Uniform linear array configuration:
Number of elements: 48
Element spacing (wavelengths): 0.75
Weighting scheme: kaiser
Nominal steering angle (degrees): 60
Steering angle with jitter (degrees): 58.595
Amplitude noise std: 0.05
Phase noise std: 0.05

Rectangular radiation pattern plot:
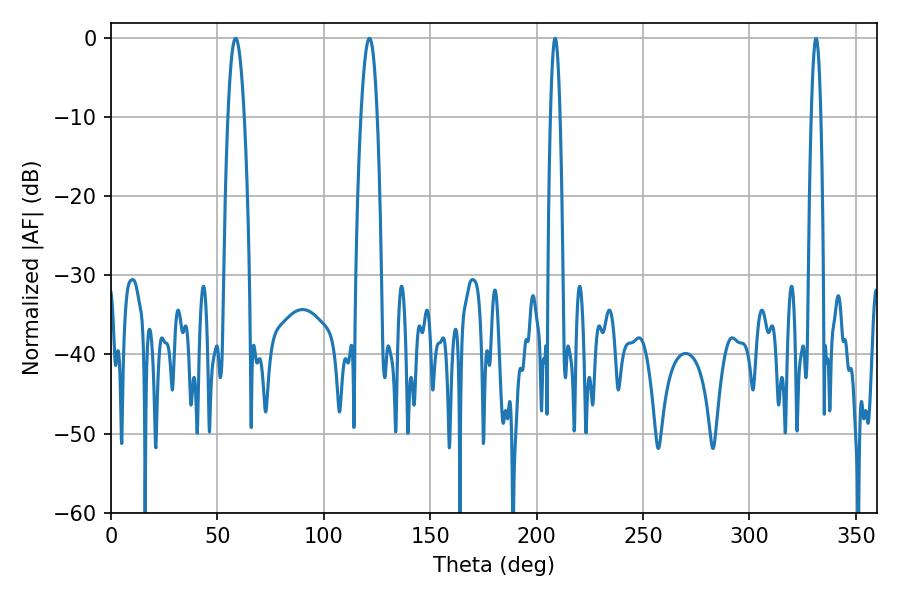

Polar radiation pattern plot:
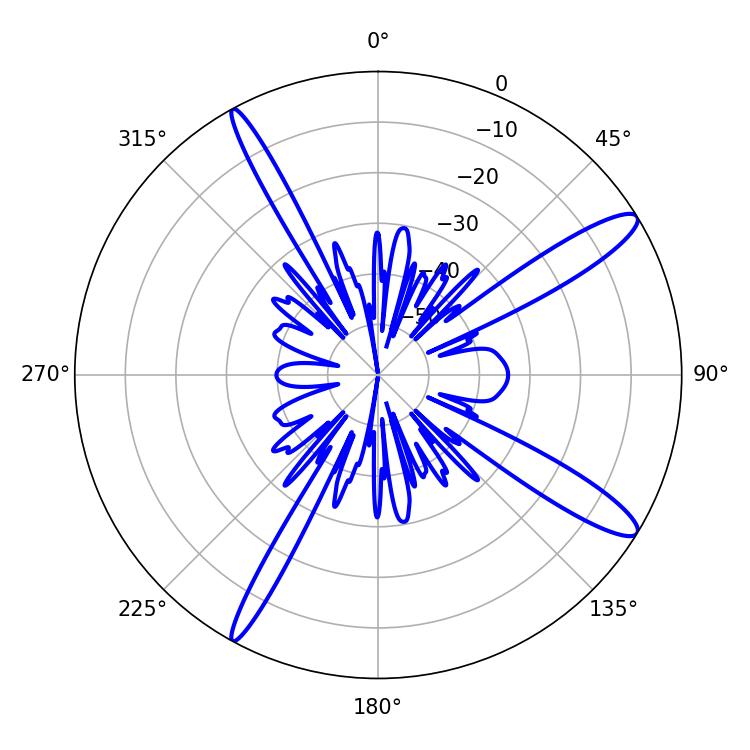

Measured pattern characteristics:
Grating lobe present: TRUE
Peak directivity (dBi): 13.414
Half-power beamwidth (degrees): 4.14
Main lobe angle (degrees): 121.5